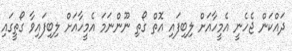
ދައްކަން ޖެހެނީ އެމީހާއަށް ލިބިފައި އޮތް ގޯތި ނޫންނަމަ އެމީހާއަށް ލިބިފައިވާ ގޯތީގައި